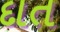
દાત